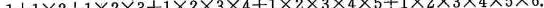
$$1+1\times 2+1\times 2\times 3+1×2\times 3\times 4+1\times 2\times 3\times 4\times 5+1\times 2\times 3\times 4\times 5\times 6$$.